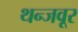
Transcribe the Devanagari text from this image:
थन्जवूर